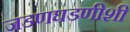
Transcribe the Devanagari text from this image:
जडणघडणीशी